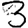
Digit: 3